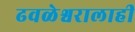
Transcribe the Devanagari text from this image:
ढवळेश्वरालाही